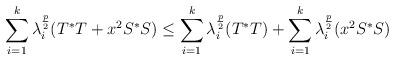
LaTeX: \begin{align*}\sum_{i=1}^k\lambda_i^{\frac{p}{2}}(T^*T+x^2S^*S)\leq \sum_{i=1}^k\lambda_i^{\frac{p}{2}}(T^*T)+\sum_{i=1}^k\lambda_i^{\frac{p}{2}}(x^2S^*S)\end{align*}